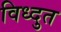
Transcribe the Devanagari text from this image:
विध्दुत